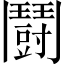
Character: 鬪